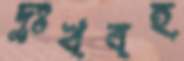
দুঃখবহ